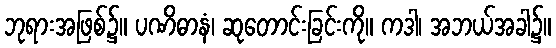
ဘုရားအဖြစ်၌။ ပဏိဓာနံ၊ ဆုတောင်းခြင်းကို။ ကဒါ၊ အဘယ်အခါ၌။